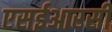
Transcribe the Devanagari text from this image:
एसईआरसी